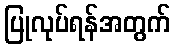
ပြုလုပ်ရန်အတွက်